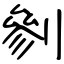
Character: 剼